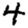
Digit: 4